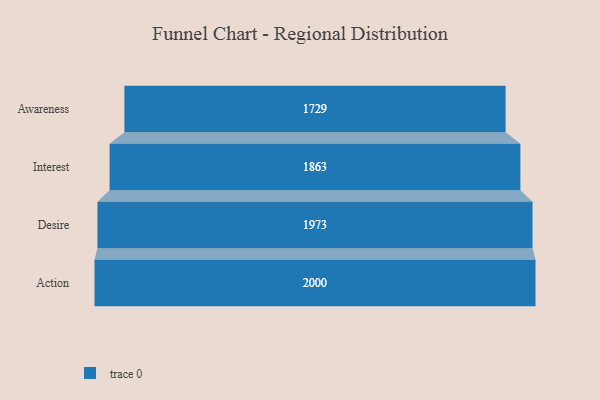
{"axis": {"x": "Stage", "y": "Value"}, "legend": [""], "data": [{"x": "Awareness", "y": 1729.0, "type": ""}, {"x": "Interest", "y": 1863.0, "type": ""}, {"x": "Desire", "y": 1973.0, "type": ""}, {"x": "Action", "y": 2000, "type": ""}]}